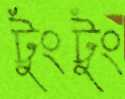
টুংটুং